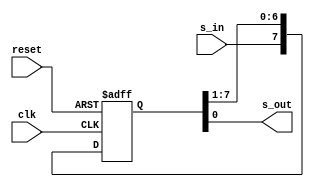
module shift_register
  #(parameter BITS = 8)
  (
    input wire clk, reset, s_in,
    output wire s_out
  );

  reg [BITS-1:0] r_reg;
  wire [BITS-1:0] r_next;

  always @ ( posedge clk, negedge reset ) begin
    if (~reset)
      r_reg <= 0;
    else
      r_reg <= r_next;
  end

    assign r_next = {s_in, r_reg[BITS-1:1]};
    assign s_out = r_reg[0];
endmodule